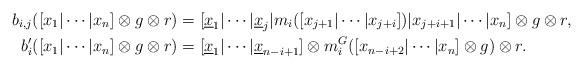
LaTeX: \begin{align*} b_{i,j}([x_1|\cdots|x_n]\otimes g \otimes r) &= [\underline{x}_1|\cdots|\underline{x}_j|m_i([x_{j+1}|\cdots|x_{j+i}])| x_{j+i+1} | \cdots|x_n]\otimes g \otimes r, & \\b'_i([x_1|\cdots|x_n]\otimes g \otimes r) &= [\underline{x}_1|\cdots|\underline{x}_{n-i+1}]\otimes m_i^G([x_{n-i+2}|\cdots|x_n]\otimes g) \otimes r.\end{align*}